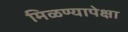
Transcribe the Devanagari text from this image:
मिळण्यापेक्षा